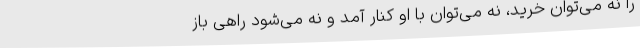
را نه می‌توان خرید، نه می‌توان با او کنار آمد و نه می‌شود راهی باز